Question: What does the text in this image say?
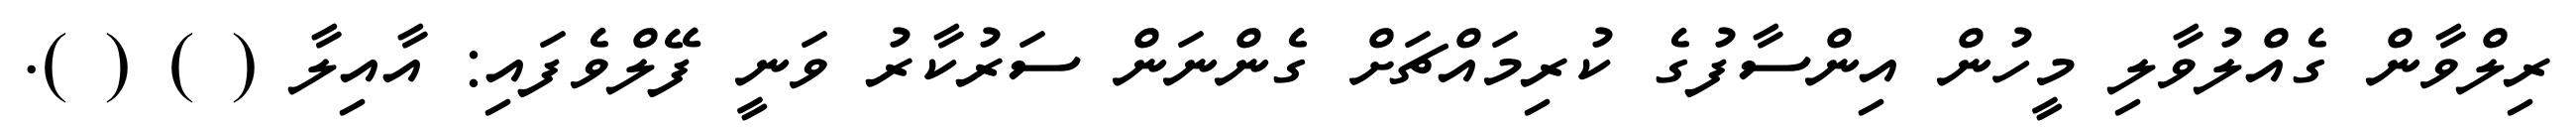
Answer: ރިލްވާން ގެއްލުވާލި މީހުން އިންސާފުގެ ކުރިމައްޗަށް ގެންނަން ސަރުކާރު ވަނީ ފޭލްވެފައި: އާއިލާ ( ) ( ).